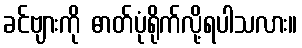
ခင်ဗျားကို ဓာတ်ပုံရိုက်လို့ရပါသလား။